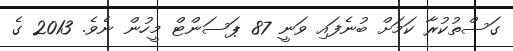
ގަސްތުކުރާ ކަމަށް ބުނެފައި ވަނީ 87 ޕަސަންޓް މީހުން ނެވެ. 2013 ގެ